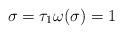
LaTeX: \begin{align*}\sigma =\tau _{1}\omega (\sigma )=1 \end{align*}